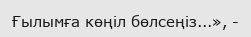
Ғылымға көңіл бөлсеңіз...», -